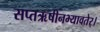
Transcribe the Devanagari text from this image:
सप्तऋषीनभ्यावतेर्।